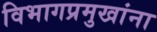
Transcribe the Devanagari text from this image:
विभागप्रमुखांना